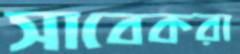
সাবেকরা